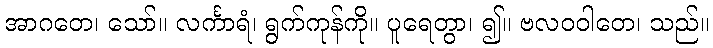
အာဂတေ၊ သော်။ လင်္ကာရံ၊ ရွက်ကုန်ကို။ ပူရေတွာ၊ ၍။ ဗလဝဝါတေ၊ သည်။